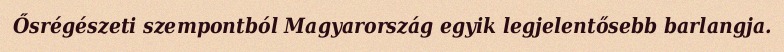
Ősrégészeti szempontból Magyarország egyik legjelentősebb barlangja.